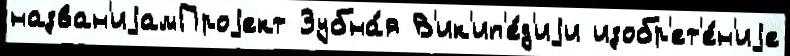
назван'иjамПроjект Зубна́я В'ик'ип'е́д'иjи изобр'ет'е́н'иjе